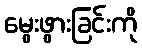
မွေးဖွားခြင်းကို